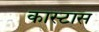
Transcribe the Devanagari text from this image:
कास्टास